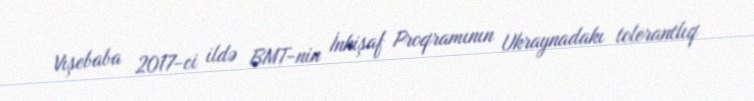
Vışebaba 2017-ci ildə BMT-nin İnkişaf Proqramının Ukraynadakı tolerantlıq